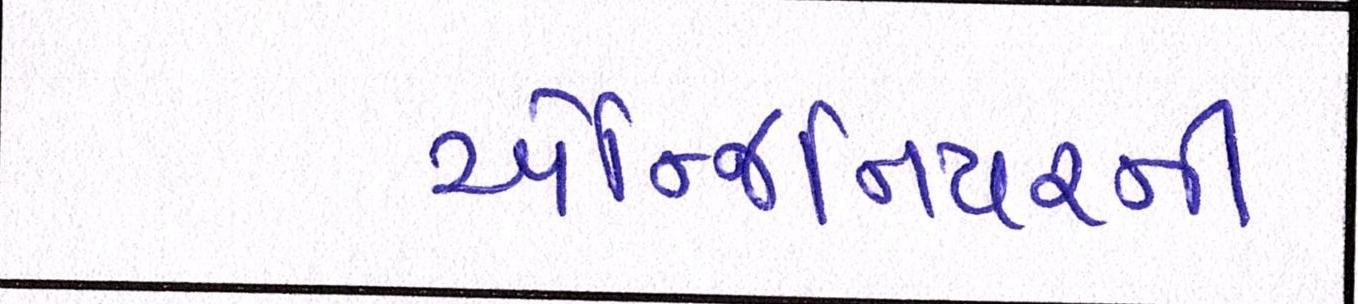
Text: એન્જિનિયરની